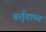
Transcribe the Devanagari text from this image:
कर्तृवाच्य